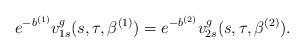
LaTeX: \begin{align*}e^{-b^{(1)}}v_{1s}^g(s,\tau,\beta^{(1)})=e^{-b^{(2)}}v_{2s}^g(s,\tau,\beta^{(2)}).\end{align*}